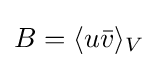
B=\langle u{\bar {v}}\rangle _{V}